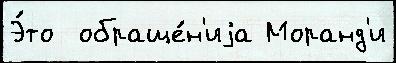
Э́то  обраще́н'иjа Моранд'и